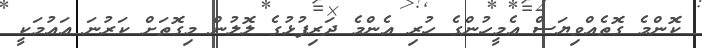
ކޮންމެ ގޮތެއްވިޔަސް އެމީހުންގެ ހުރި އެންމެ ދަރިފުޅުގެ ލޮލުން މިގޮތަށް ކަރުނަ އައުމަކީ